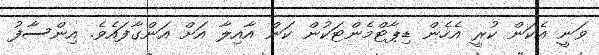
ވަނީ އެކަން ކުރީ އެހެން ޑިޕާޓްމެންޓަކުން ކަން އާއިލާ އަށް އަންގާފައެވެ. އިންސާފު